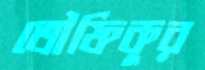
তৌফিকুর